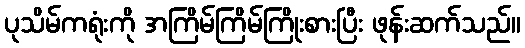
ပုသိမ်ကရုံးကို အကြိမ်ကြိမ်ကြိုးစားပြီး ဖုန်းဆက်သည်။